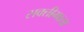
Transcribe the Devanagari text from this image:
सक्तीमाता